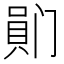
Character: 𪡯